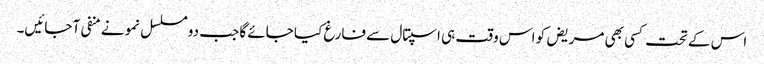
اس کے تحت کسی بھی مریض کو اس وقت ہی اسپتال سے فارغ کیا جائے گا جب دو مسلسل نمونے منفی آ جائیں۔